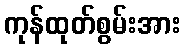
ကုန်ထုတ်စွမ်းအား